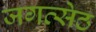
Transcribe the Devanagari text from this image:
जगत्सेठ